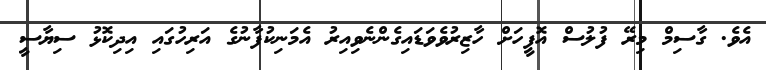
އެވެ. ގާސިމް މިރޭ ފުލުސް އޮފީހަށް ހާޒިރުވެވަޑައިގެންނެވިއިރު އެމަނިކުފާނުގެ އަރިހުގައި އިދިކޮޅު ސިޔާސީ